Standardisation of Calmette's anti-venomous serum with pure cobra venom - Number 1
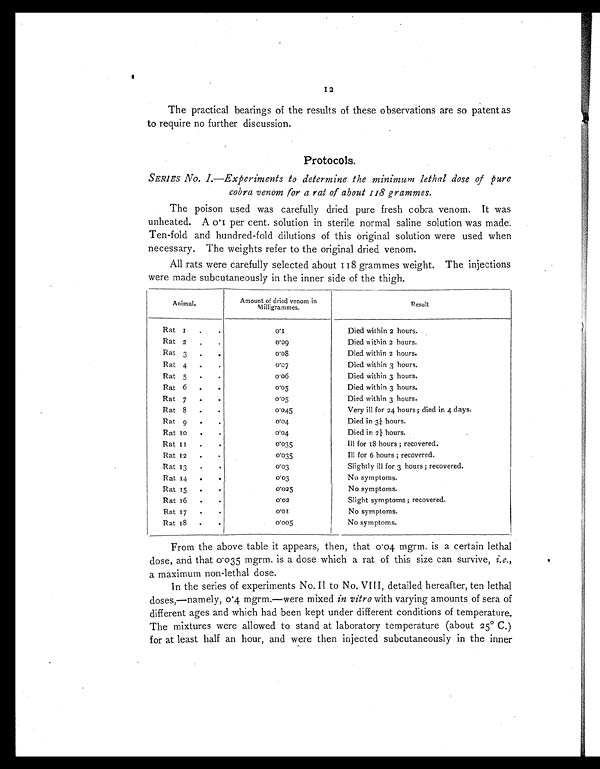
The practical bearings of the results of these observations are so patent as
to require no further discussion.
Protocols.
SERIES No. 1.—Experiments to determine the minimum lethal dose of pure
cobra venom for a rat of about 118 grammes.
The poison used was carefully dried pure fresh cobra venom. It was
unheated. A 0.1 per cent. solution in sterile normal saline solution was made.
Ten-fold and hundred-fold dilutions of this original solution were used when
necessary. The weights refer to the original dried venom.
All rats were carefully selected about 118 grammes weight. The injections
were made subcutaneously in the inner side of the thigh.
A n i m a l .
Amount of dried venom in
Milligrammes.
Result
Rat 1 . .
0 . 1
Died within 2 hours.
Rat 2
.
.
0 . 0 9
Died within 2 hours.
Rat 3 . .
0.08
Died within 2 hours.
Rat 4
. .
0 . 0 7
Died within 3 hours.
Rat 5
. .
0 . 0 6
Died within 3 hours.
Rat 6
. .
0.05
Died within 3 hours.
Rat 7
. .
0.05
Died within 3 hours.
Rat 8
. .
0.045
Very ill for 24 hours; died in 4 days.
Rat 9
. .
0 . 0 4
Died in 3¼ hours.
Rat 10
. .
0.04
Died in 2¼ hours.
Rat 11
. .
0.035
Ill for IS hours ; recovered.
Rat 12
. .
0 . 0 3 5
Ill for 6 hours ; recovered.
Rat 13
. .
0.03
Slightly ill for 3 hours; recovered.
Rat 14
.
.
0.03
No symptoms.
Rat 15
. .
0 . 0 2 5
No symptoms.
Rat 16
. .
0.02
Slight symptoms; recovered.
Rat 17
. .
0 . 0 1
No symptoms.
Rat 18
. .
0.005
No symptoms.
From the above table it appears, then, that 0.04 mgrm. is a certain lethal
dose, and that 0.035 mgrm. is a dose which a rat of this size can survive, i.e .,
a maximum non-lethal dose.
In the series of experiments No. II to No. VIII, detailed hereafter, ten lethal
doses,—namely, mgrm.—were mixed in vitro with varying amounts of sera of
different ages and which had been kept under different conditions of temperature.
The mixtures were allowed to stand at laboratory temperature (about 25° C.)
for at least half an hour, and were then injected subcutaneously in the inner